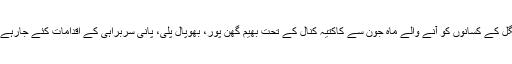
ورنگل کے کسانوں کو آنے والے ماہ جون سے کاکتیہ کنال کے تحت بھیم گھن پور، بھوپال پلی، پانی سربراہی کے اقدامات کئے جارہے ہیں۔